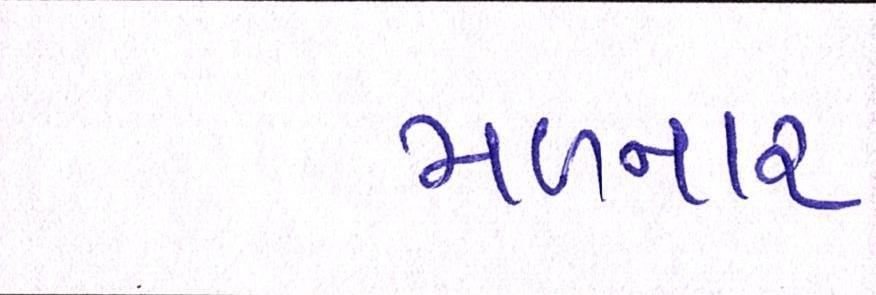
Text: મળનાર